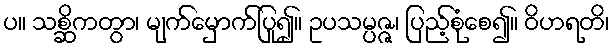
ပ။ သစ္ဆိကတွာ၊ မျက်မှောက်ပြု၍။ ဥပသမ္ပဇ္ဇ၊ ပြည့်စုံစေ၍။ ဝိဟရတိ၊